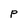
Character: P